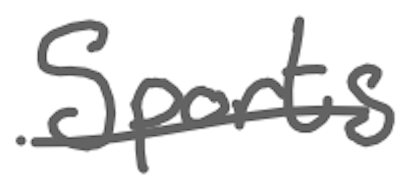
Text: Sports
Cross-out: single-line
Writing tool: digital_gray